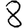
Digit: 8